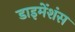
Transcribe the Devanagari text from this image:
डाइमेंशंस